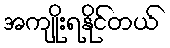
အကျိုးရနိုင်တယ်